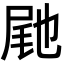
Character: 𭕟